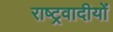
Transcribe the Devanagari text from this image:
राष्ट्रवादीयों